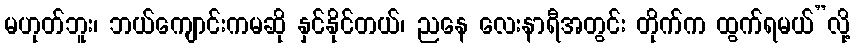
မဟုတ်ဘူး၊ ဘယ်ကျောင်းကမဆို နှင်နိုင်တယ်၊ ညနေ လေးနာရီအတွင်း တိုက်က ထွက်ရမယ်”လို့